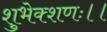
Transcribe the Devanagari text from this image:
शुभेक्शणः।।